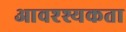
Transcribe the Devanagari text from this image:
आवश्श्यकता